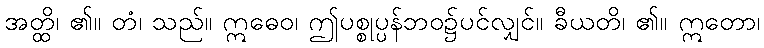
အတ္ထိ၊ ၏။ တံ၊ သည်။ ဣဓေဝ၊ ဤပစ္စုပ္ပန်ဘဝ၌ပင်လျှင်။ ခီယတိ၊ ၏။ ဣတော၊